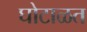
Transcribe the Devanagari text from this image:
घोटाळत